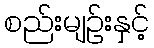
စည်းမျဉ်းနှင့်